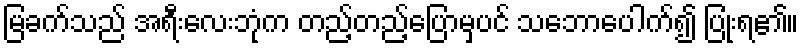
မြခက်သည် အရီးလေးဘုံက တည့်တည့်ပြောမှပင် သဘောပေါက်၍ ပြုံးရ၏။